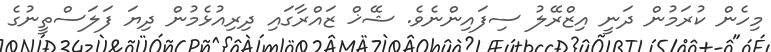
މިހެން ކުރަމުން ދަނީ އިޒްރޭލު ސިފައިންނެވެ. ޝޭޚް ޒައްރާގައި ދިރިއުޅެމުން ދިޔަ ފަލަސްތީނުގެ